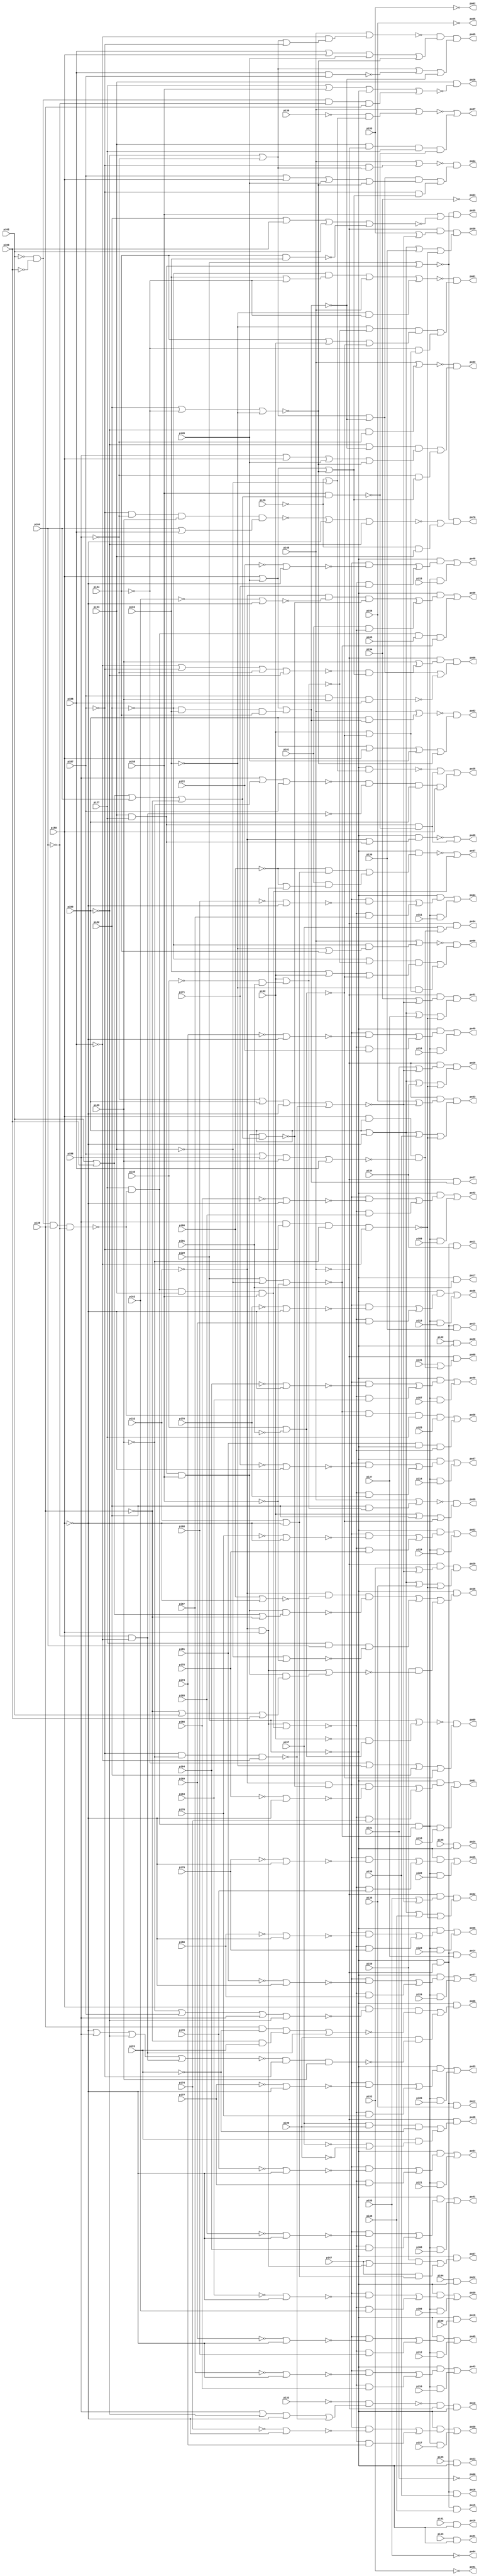
// Benchmark "x4" written by ABC on Thu Mar 19 13:02:36 2020

module x4 ( 
    pi00, pi01, pi02, pi03, pi04, pi05, pi06, pi07, pi08, pi09, pi10, pi11,
    pi12, pi13, pi14, pi15, pi16, pi17, pi18, pi19, pi20, pi21, pi22, pi23,
    pi24, pi25, pi26, pi27, pi28, pi29, pi30, pi31, pi32, pi33, pi34, pi35,
    pi36, pi37, pi38, pi39, pi40, pi41, pi42, pi43, pi44, pi45, pi46, pi47,
    pi48, pi49, pi50, pi51, pi52, pi53, pi54, pi55, pi56, pi57, pi58, pi59,
    pi60, pi61, pi62, pi63, pi64, pi65, pi66, pi67, pi68, pi69, pi70, pi71,
    pi72, pi73, pi74, pi75, pi76, pi77, pi78, pi79, pi80, pi81, pi82, pi83,
    pi84, pi85, pi86, pi87, pi88, pi89, pi90, pi91, pi92, pi93,
    po00, po01, po02, po03, po04, po05, po06, po07, po08, po09, po10, po11,
    po12, po13, po14, po15, po16, po17, po18, po19, po20, po21, po22, po23,
    po24, po25, po26, po27, po28, po29, po30, po31, po32, po33, po34, po35,
    po36, po37, po38, po39, po40, po41, po42, po43, po44, po45, po46, po47,
    po48, po49, po50, po51, po52, po53, po54, po55, po56, po57, po58, po59,
    po60, po61, po62, po63, po64, po65, po66, po67, po68, po69, po70  );
  input  pi00, pi01, pi02, pi03, pi04, pi05, pi06, pi07, pi08, pi09,
    pi10, pi11, pi12, pi13, pi14, pi15, pi16, pi17, pi18, pi19, pi20, pi21,
    pi22, pi23, pi24, pi25, pi26, pi27, pi28, pi29, pi30, pi31, pi32, pi33,
    pi34, pi35, pi36, pi37, pi38, pi39, pi40, pi41, pi42, pi43, pi44, pi45,
    pi46, pi47, pi48, pi49, pi50, pi51, pi52, pi53, pi54, pi55, pi56, pi57,
    pi58, pi59, pi60, pi61, pi62, pi63, pi64, pi65, pi66, pi67, pi68, pi69,
    pi70, pi71, pi72, pi73, pi74, pi75, pi76, pi77, pi78, pi79, pi80, pi81,
    pi82, pi83, pi84, pi85, pi86, pi87, pi88, pi89, pi90, pi91, pi92, pi93;
  output po00, po01, po02, po03, po04, po05, po06, po07, po08, po09, po10,
    po11, po12, po13, po14, po15, po16, po17, po18, po19, po20, po21, po22,
    po23, po24, po25, po26, po27, po28, po29, po30, po31, po32, po33, po34,
    po35, po36, po37, po38, po39, po40, po41, po42, po43, po44, po45, po46,
    po47, po48, po49, po50, po51, po52, po53, po54, po55, po56, po57, po58,
    po59, po60, po61, po62, po63, po64, po65, po66, po67, po68, po69, po70;
  wire new_n237_, new_n238_, new_n239_, new_n240_, new_n241_, new_n242_,
    new_n243_, new_n244_, new_n245_, new_n246_, new_n247_, new_n248_,
    new_n249_, new_n250_, new_n251_, new_n252_, new_n253_, new_n254_,
    new_n255_, new_n256_, new_n257_, new_n258_, new_n259_, new_n260_,
    new_n261_, new_n262_, new_n263_, new_n264_, new_n265_, new_n266_,
    new_n267_, new_n268_, new_n269_, new_n270_, new_n271_, new_n272_,
    new_n273_, new_n274_, new_n275_, new_n276_, new_n277_, new_n278_,
    new_n279_, new_n280_, new_n281_, new_n282_, new_n283_, new_n284_,
    new_n285_, new_n286_, new_n287_, new_n288_, new_n289_, new_n290_,
    new_n291_, new_n292_, new_n293_, new_n294_, new_n295_, new_n296_,
    new_n297_, new_n298_, new_n299_, new_n300_, new_n301_;
  assign po00 = ~pi51;
  assign po01 = ~pi52;
  assign po02 = ~pi53;
  assign po03 = ~pi54;
  assign po04 = ~pi55;
  assign po05 = ~pi56;
  assign po06 = ~pi29 & ((pi50 & ~new_n237_ & ~new_n238_) | (pi90 & ~new_n239_));
  assign po07 = ~new_n242_ | (pi93 & ~pi48 & pi27 & ~new_n241_);
  assign po08 = ~pi48 & (pi31 | (pi50 & pi85 & ~new_n243_));
  assign po09 = ~new_n244_ | (pi93 & pi27 & ~new_n241_);
  assign po10 = ~new_n245_ & ~pi48 & ~pi29;
  assign po11 = ~pi29 & ~pi48 & pi34;
  assign po12 = ~pi29 & ~pi48 & pi35;
  assign po13 = ~pi29 & ~pi48 & pi36;
  assign po14 = ~pi29 & ~pi48 & pi37;
  assign po15 = ~pi29 & ~pi48 & pi38;
  assign po16 = ~pi29 & ~pi48 & pi39;
  assign po17 = ~pi29 & pi01;
  assign po18 = ~pi29 & pi00;
  assign po19 = pi41 & ~pi29;
  assign po20 = pi42 & ~pi29;
  assign po21 = pi43 & ~pi29;
  assign po22 = pi44 & ~pi29;
  assign po23 = pi45 & ~pi29;
  assign po24 = pi46 & ~pi29;
  assign po25 = ~new_n249_ | (pi93 & pi27 & ~new_n241_) | (~new_n247_ & ~new_n248_ & pi85 & pi50);
  assign po26 = pi93 & ~new_n250_;
  assign po27 = ~pi48 & (pi50 | pi49 | (~pi82 & pi83 & pi84));
  assign po28 = ~pi48 & (pi51 | ~new_n252_) & (pi85 | ~pi50 | pi34 | ~new_n251_);
  assign po29 = ~pi48 & (pi52 | ~new_n252_) & (pi85 | ~pi50 | pi35 | ~new_n251_);
  assign po30 = ~pi48 & (pi53 | ~new_n252_) & (pi85 | ~pi50 | pi36 | ~new_n251_);
  assign po31 = ~pi48 & (pi54 | ~new_n252_) & (pi85 | ~pi50 | pi37 | ~new_n251_);
  assign po32 = ~pi48 & (pi55 | ~new_n252_) & (pi85 | ~pi50 | pi38 | ~new_n251_);
  assign po33 = ~pi48 & (pi56 | ~new_n252_) & (pi85 | ~pi50 | pi39 | ~new_n251_);
  assign po34 = ~pi48 & (pi57 | (pi50 & pi85 & ~new_n243_));
  assign po35 = ~new_n254_ & (pi58 | ~new_n253_);
  assign po36 = ~pi29 & ((~pi32 & ~new_n256_ & ~new_n257_) | (pi27 & pi04 & ~new_n258_) | (pi59 & ~new_n259_));
  assign po37 = ~new_n261_ | (pi27 & ~new_n260_ & pi93 & pi58);
  assign po38 = (~pi29 & ((~pi32 & ~new_n263_ & ~new_n264_) | (pi61 & ~new_n265_))) | (pi27 & ~new_n260_ & pi05 & ~new_n262_);
  assign po39 = (~pi29 & ((~pi32 & ~new_n264_ & ~new_n266_) | (~new_n265_ & pi62))) | (pi27 & ~new_n260_ & ~new_n262_ & pi06);
  assign po40 = (~pi29 & ((~pi32 & ~new_n264_ & ~new_n267_) | (~new_n265_ & pi63))) | (pi27 & ~new_n260_ & ~new_n262_ & pi07);
  assign po41 = (~pi29 & ((~pi32 & ~new_n264_ & ~new_n268_) | (~new_n265_ & pi64))) | (pi27 & ~new_n260_ & ~new_n262_ & pi08);
  assign po42 = (~pi29 & ((~pi32 & ~new_n264_ & ~new_n269_) | (~new_n265_ & pi65))) | (pi27 & ~new_n260_ & ~new_n262_ & pi09);
  assign po43 = (~pi29 & ((~pi32 & ~new_n264_ & ~new_n270_) | (~new_n265_ & pi66))) | (pi27 & ~new_n260_ & ~new_n262_ & pi10);
  assign po44 = (~pi29 & ((~pi32 & ~new_n264_ & ~new_n271_) | (~new_n265_ & pi67))) | (pi27 & ~new_n260_ & ~new_n262_ & pi11);
  assign po45 = (~pi29 & ((~pi32 & ~new_n264_ & ~new_n272_) | (~new_n265_ & pi68))) | (pi27 & ~new_n260_ & ~new_n262_ & pi12);
  assign po46 = (~pi29 & ((~pi32 & ~new_n264_ & ~new_n273_) | (~new_n265_ & pi69))) | (pi27 & ~new_n260_ & ~new_n262_ & pi13);
  assign po47 = (~pi29 & ((~pi32 & ~new_n264_ & ~new_n274_) | (~new_n265_ & pi70))) | (pi27 & ~new_n260_ & ~new_n262_ & pi14);
  assign po48 = (~pi29 & ((~pi32 & ~new_n264_ & ~new_n275_) | (~new_n265_ & pi71))) | (pi27 & ~new_n260_ & ~new_n262_ & pi15);
  assign po49 = (~pi29 & ((~pi32 & ~new_n264_ & ~new_n276_) | (~new_n265_ & pi72))) | (pi27 & ~new_n260_ & ~new_n262_ & pi16);
  assign po50 = (~pi29 & ((~pi32 & ~new_n264_ & ~new_n277_) | (~new_n265_ & pi73))) | (pi27 & ~new_n260_ & ~new_n262_ & pi17);
  assign po51 = (~pi29 & ((~pi32 & ~new_n264_ & ~new_n278_) | (~new_n265_ & pi74))) | (pi27 & ~new_n260_ & ~new_n262_ & pi18);
  assign po52 = (~pi29 & ((~pi32 & ~new_n264_ & ~new_n279_) | (~new_n265_ & pi75))) | (pi27 & ~new_n260_ & ~new_n262_ & pi19);
  assign po53 = (~pi29 & ((~pi32 & ~new_n264_ & ~new_n280_) | (~new_n265_ & pi76))) | (pi27 & ~new_n260_ & ~new_n262_ & pi20);
  assign po54 = (~pi29 & ((~pi32 & ~new_n264_ & ~new_n281_) | (~new_n265_ & pi77))) | (pi27 & ~new_n260_ & ~new_n262_ & pi21);
  assign po55 = (~pi29 & ((~pi32 & ~new_n264_ & ~new_n282_) | (~new_n265_ & pi78))) | (pi27 & ~new_n260_ & ~new_n262_ & pi22);
  assign po56 = (~pi29 & ((~pi32 & ~new_n264_ & ~new_n283_) | (~new_n265_ & pi79))) | (pi27 & ~new_n260_ & ~new_n262_ & pi23);
  assign po57 = (~pi29 & ((~pi32 & ~new_n264_ & ~new_n284_) | (~new_n265_ & pi80))) | (pi27 & ~new_n260_ & ~new_n262_ & pi24);
  assign po58 = (~new_n262_ & ~new_n260_ & pi27 & pi25) | (pi81 & ~pi29 & ~new_n265_);
  assign po59 = ~new_n286_ & (pi92 | pi82 | ~new_n285_);
  assign po60 = ~new_n288_ & (((~pi82 | ~new_n287_) & (pi83 | pi92 | ~new_n285_)) | (~pi83 & (pi92 | ~new_n285_)));
  assign po61 = ~new_n289_ & (((~pi83 | ~new_n287_) & (pi84 | pi92 | ~new_n285_)) | (~pi84 & (pi92 | ~new_n285_)));
  assign po62 = ~new_n291_ & (pi85 | pi50 | pi49 | ~new_n290_);
  assign po63 = ~new_n293_ & (((~pi85 | ~new_n292_) & (pi86 | pi50 | pi49 | ~new_n290_)) | (~pi86 & (pi50 | pi49 | ~new_n290_)));
  assign po64 = ~new_n294_ & (((~pi85 | ~pi86 | ~new_n292_) & (pi87 | pi50 | pi49 | ~new_n290_)) | (~pi87 & (pi50 | pi49 | ~new_n290_)));
  assign po65 = ~new_n296_ & (pi88 | pi50 | pi49 | ~new_n290_) & (~pi86 | ~pi85 | ~new_n295_ | ~new_n292_);
  assign po66 = ~pi48 & (pi89 | (~new_n298_ & (pi50 | pi49 | ~new_n290_))) & (~pi85 | ~pi86 | ~new_n292_ | ~new_n297_);
  assign po67 = ~pi29 & ((pi59 & (pi47 | (~pi32 & pi50))) | (pi47 & (pi32 | ~pi50)));
  assign po68 = ~pi48 & ((pi57 & pi90 & ~pi91) | (pi91 & (~pi57 | ~pi90)));
  assign po69 = ~new_n299_ & (~pi84 | ~pi83 | pi82 | ~new_n285_);
  assign po70 = ~new_n254_ & (~new_n300_ | (~pi26 & pi93));
  assign new_n237_ = ~pi89 | pi87 | pi86 | ~pi85;
  assign new_n238_ = (pi28 & ~pi91) | (~pi28 & pi91) | (~pi04 & ~pi88);
  assign new_n239_ = ~new_n240_ & ~pi87 & pi89;
  assign new_n240_ = ~pi50 | pi86 | ~pi85 | (~pi04 & ~pi88);
  assign new_n241_ = pi58 & (pi02 | pi03 | pi04 | ~pi28);
  assign new_n242_ = pi48 | (~pi30 & (~pi26 | ~pi93));
  assign new_n243_ = pi87 | pi86 | pi89 | pi88;
  assign new_n244_ = ~pi29 & (~pi32 | (pi93 & pi27));
  assign new_n245_ = ~pi33 & (pi86 | ~pi85 | ~pi50 | ~new_n246_);
  assign new_n246_ = ~pi87 & ~pi89 & ~pi88;
  assign new_n247_ = pi86 | ~pi89 | pi87;
  assign new_n248_ = ~pi88 & ~pi04;
  assign new_n249_ = ~pi29 & (~pi26 | ~pi93);
  assign new_n250_ = pi27 | pi58 | ~pi29 | (~pi02 & ~pi03 & ~pi04 & pi28);
  assign new_n251_ = pi86 & ~pi87 & ~pi89 & ~pi88;
  assign new_n252_ = ~pi86 | pi85 | ~pi50 | ~new_n246_;
  assign new_n253_ = pi82 | pi03 | pi02 | ~new_n255_;
  assign new_n254_ = pi29 | (pi93 & pi27);
  assign new_n255_ = pi84 & pi83;
  assign new_n256_ = pi60 | ~pi50;
  assign new_n257_ = pi27 & pi93 & pi58 & (pi02 | pi03 | ~pi28);
  assign new_n258_ = ~pi93 | ~pi58;
  assign new_n259_ = (~pi32 & pi50) | (pi93 & pi27 & pi58 & (~pi28 | pi02 | pi03));
  assign new_n260_ = ~pi02 & ~pi03 & pi28 & ~pi04;
  assign new_n261_ = ~pi29 & ((~pi60 & (pi32 | ~pi50)) | (pi61 & (~pi60 | (~pi32 & pi50))));
  assign new_n262_ = pi29 | ~pi93 | ~pi58;
  assign new_n263_ = ~pi62 | ~pi50;
  assign new_n264_ = pi27 & pi93 & pi58 & (pi02 | pi03 | pi04 | ~pi28);
  assign new_n265_ = (pi50 & ~pi32) | (pi27 & ~new_n260_ & pi93 & pi58);
  assign new_n266_ = ~pi63 | ~pi50;
  assign new_n267_ = ~pi64 | ~pi50;
  assign new_n268_ = ~pi65 | ~pi50;
  assign new_n269_ = ~pi66 | ~pi50;
  assign new_n270_ = ~pi67 | ~pi50;
  assign new_n271_ = ~pi68 | ~pi50;
  assign new_n272_ = ~pi69 | ~pi50;
  assign new_n273_ = ~pi70 | ~pi50;
  assign new_n274_ = ~pi71 | ~pi50;
  assign new_n275_ = ~pi72 | ~pi50;
  assign new_n276_ = ~pi73 | ~pi50;
  assign new_n277_ = ~pi74 | ~pi50;
  assign new_n278_ = ~pi75 | ~pi50;
  assign new_n279_ = ~pi76 | ~pi50;
  assign new_n280_ = ~pi77 | ~pi50;
  assign new_n281_ = ~pi78 | ~pi50;
  assign new_n282_ = ~pi79 | ~pi50;
  assign new_n283_ = ~pi80 | ~pi50;
  assign new_n284_ = ~pi81 | ~pi50;
  assign new_n285_ = pi40 | ~pi01;
  assign new_n286_ = pi48 | (pi82 & (pi92 | (~pi40 & pi01)));
  assign new_n287_ = pi92 | (~pi40 & pi01);
  assign new_n288_ = pi48 | (~pi82 & (~pi83 | pi84));
  assign new_n289_ = (~pi82 & (pi83 | ~pi84)) | pi48 | (~pi83 & ~pi84);
  assign new_n290_ = pi82 | ~pi84 | ~pi83;
  assign new_n291_ = pi48 | (pi85 & (pi50 | pi49 | (~pi82 & pi83 & pi84)));
  assign new_n292_ = pi49 | pi50 | (~pi82 & pi83 & pi84);
  assign new_n293_ = pi48 | (~pi85 & ~pi86);
  assign new_n294_ = pi48 | (~pi87 & (~pi85 | ~pi86));
  assign new_n295_ = pi88 & pi87;
  assign new_n296_ = pi48 | (~pi88 & (~pi85 | ~pi86 | ~pi87));
  assign new_n297_ = pi87 & pi89 & pi88;
  assign new_n298_ = ~pi88 | ~pi87 | ~pi86 | ~pi85;
  assign new_n299_ = pi29 | (~pi92 & (~pi01 | pi40));
  assign new_n300_ = ~new_n301_ | ~pi50 | ~pi85;
  assign new_n301_ = ~pi87 & ~pi86 & pi89 & (pi04 | pi88);
endmodule